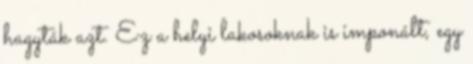
hagyták azt. Ez a helyi lakosoknak is imponált, egy